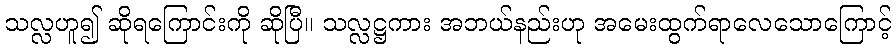
သလ္လဟူ၍ ဆိုရကြောင်းကို ဆိုပြီ။ သလ္လဋ္ဌကား အဘယ်နည်းဟု အမေးထွက်ရာလေသောကြောင့်